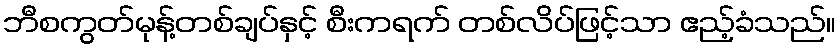
ဘီစကွတ်မုန့်တစ်ချပ်နှင့် စီးကရက် တစ်လိပ်ဖြင့်သာ ဧည့်ခံသည်။